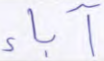
آباء